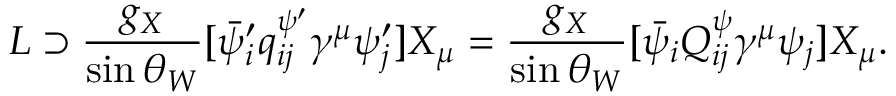
{ \cal L } \supset \frac { g _ { X } } { \sin \theta _ { W } } [ \bar { \psi } _ { i } ^ { \prime } q _ { i j } ^ { \psi ^ { \prime } } \gamma ^ { \mu } \psi _ { j } ^ { \prime } ] X _ { \mu } = \frac { g _ { X } } { \sin \theta _ { W } } [ \bar { \psi } _ { i } Q _ { i j } ^ { \psi } \gamma ^ { \mu } \psi _ { j } ] X _ { \mu } .